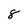
Character: 8